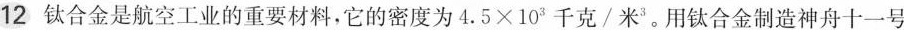
12 钛合金是航空工业的重要材料，它的密度为$$4 . 5 × 1 0 ^ { 3 }$$千克/米^{3}。用钛合金制造神舟十一号